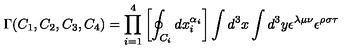
\Gamma ( C _ { 1 } , C _ { 2 } , C _ { 3 } , C _ { 4 } ) = \prod _ { i = 1 } ^ { 4 } \left[ \oint _ { C _ { i } } d x _ { i } ^ { \alpha _ { i } } \right] \int d ^ { 3 } x \int d ^ { 3 } y \epsilon ^ { \lambda \mu \nu } \epsilon ^ { \rho \sigma \tau }